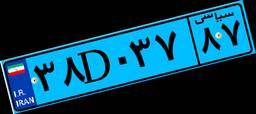
۸۹D۵۰۶۹۱